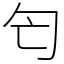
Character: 匄